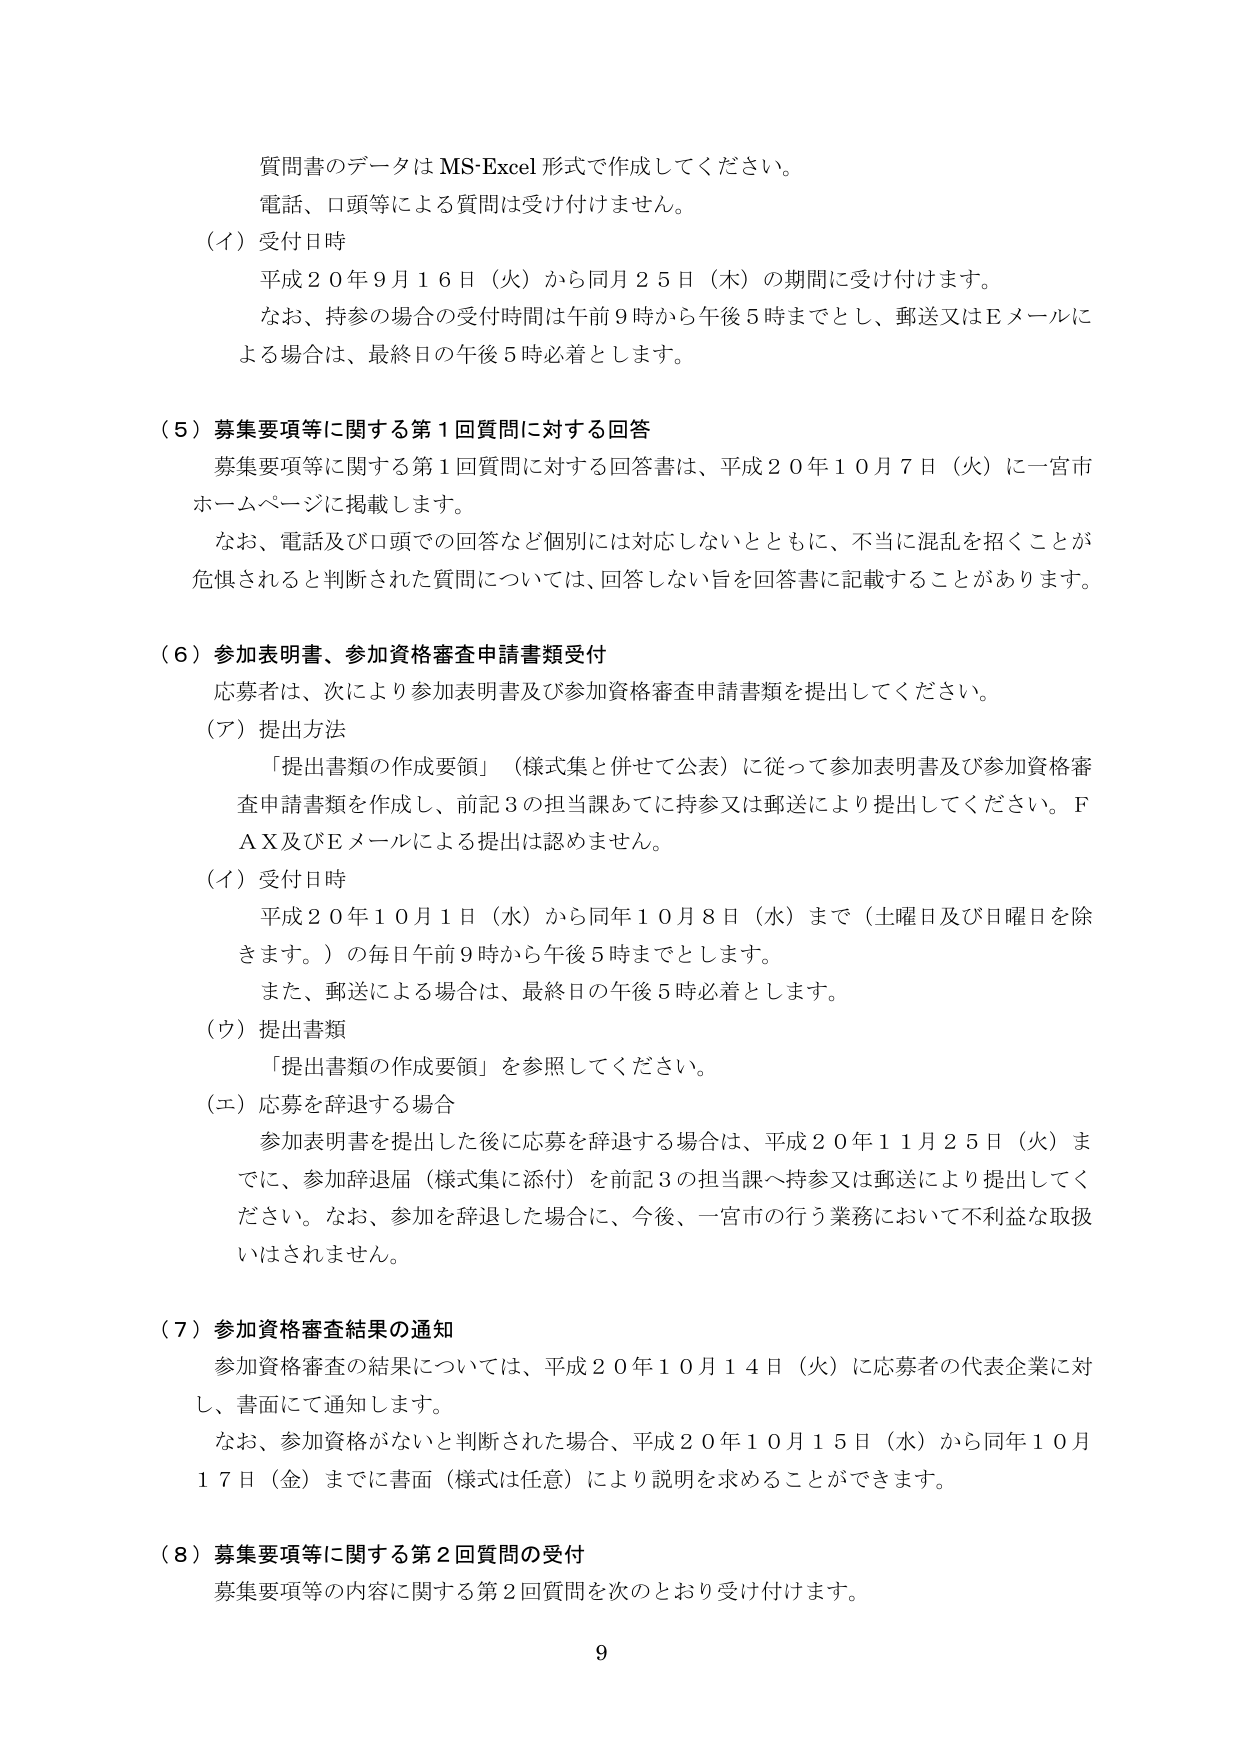
質問書のデータは MS-Excel 形式で作成してください。
電話、口頭等による質問は受け付けません。
（イ）受付日時
平成２０年９月１６日（火）から同月２５日（木）の期間に受け付けます。
なお、持参の場合の受付時間は午前９時から午後５時までとし、郵送又はＥメールに
よる場合は、最終日の午後５時必着とします。

（５）募集要項等に関する第１回質問に対する回答
募集要項等に関する第１回質問に対する回答書は、平成２０年１０月７日（火）に一宮市
ホームページに掲載します。
なお、電話及び口頭での回答など個別には対応しないとともに、不当地に混乱を招くことが
危惧されると判断された質問については、回答しない旨を回答書に記載することがあります。

（６）参加表明書、参加資格審査申請書類受付
応募者は、次により参加表明書及び参加資格審査申請書類を提出してください。
（ア）提出方法
「提出書類の作成要領」（様式集と併せて公表）に従って参加表明書及び参加資格審
査申請書類を作成し、前記３の担当課あてに持参又は郵送により提出してください。Ｆ
ＡＸ及びＥメールによる提出は認めません。
（イ）受付日時
平成２０年１０月１日（水）から同年１０月８日（水）まで（土曜日及び日曜日を除
きます。）の毎日午前９時から午後５時までとします。
また、郵送による場合は、最終日の午後５時必着とします。
（ウ）提出書類
「提出書類の作成要領」を参照してください。
（エ）応募を辞退する場合
参加表明書を提出した後に応募を辞退する場合は、平成２０年１１月２５日（火）ま
でに、参加辞退届（様式集に添付）を前記３の担当課へ持参又は郵送により提出してく
ださい。なお、参加を辞退した場合に、今後、一宮市の行う業務において不利益な取扱
いはされません。

（７）参加資格審査結果の通知
参加資格審査の結果については、平成２０年１０月１４日（火）に応募者の代表企業に対
し、書面にて通知します。
なお、参加資格がないと判断された場合、平成２０年１０月１５日（水）から同年１０月
１７日（金）までに書面（様式は任意）により説明を求めることができます。

（８）募集要項等に関する第２回質問の受付
募集要項等の内容に関する第２回質問を次のとおり受け付けます。
9